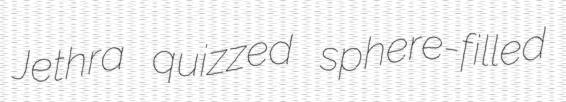
Jethra quizzed sphere-filled